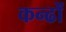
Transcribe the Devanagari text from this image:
कन्ढों